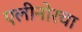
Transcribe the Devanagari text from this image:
एलीनोरचा